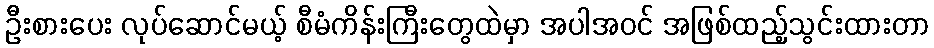
ဦးစားပေး လုပ်ဆောင်မယ့် စီမံကိန်းကြီးတွေထဲမှာ အပါအဝင် အဖြစ်ထည့်သွင်းထားတာ